Epidemic dropsy in Calcutta - Number 45
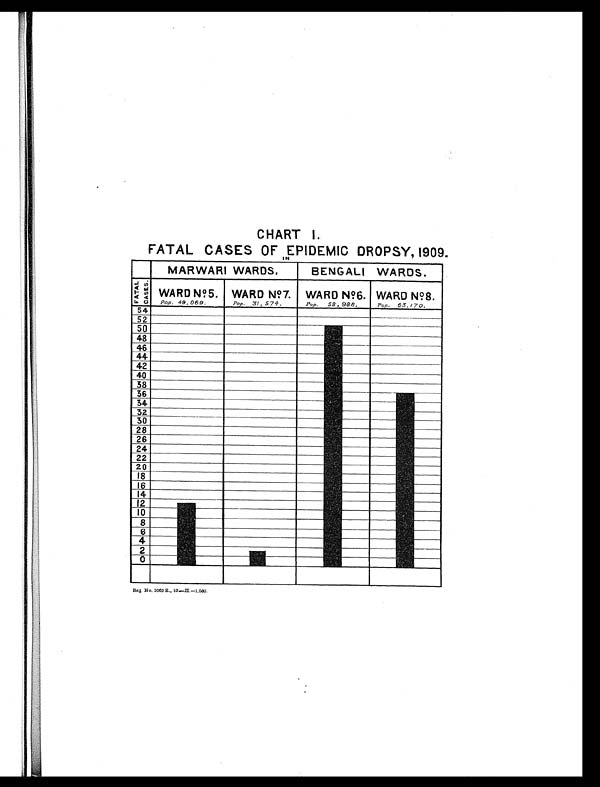
CHART 1.
FATAL CASES OF EPIDEMIC DROPSY, 1909.
Reg No. 3060 E., 10.—H —1,080.